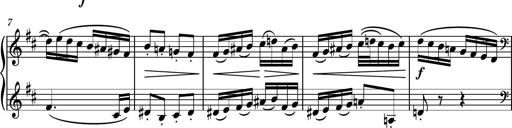
Title: Piano Sonatina No.4
Composer: Dimitri Sykias
Key: D major